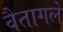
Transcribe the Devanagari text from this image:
वैतागले